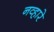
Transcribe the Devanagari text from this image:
नव्हारे